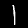
Label: 1